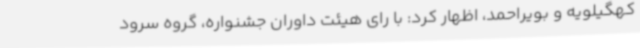
کهگیلویه و بویراحمد، اظهار کرد: با رای هیئت داوران جشنواره، گروه سرود